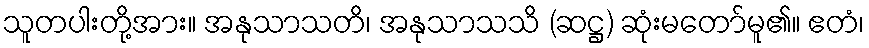
သူတပါးတို့အား။ အနုသာသတိ၊ အနုသာသသိ (ဆဋ္ဌ) ဆုံးမတော်မူ၏။ ဧတံ၊